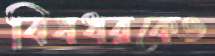
বিষধরকেও